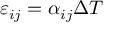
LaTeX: \varepsilon _ { i j } = \alpha _ { i j } \Delta T